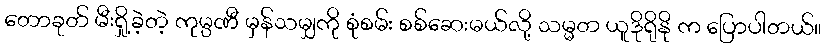
တောခုတ် မီးရှို့ခဲ့တဲ့ ကုမ္ပဏီ မှန်သမျှကို စုံစမ်း စစ်ဆေးမယ်လို့ သမ္မတ ယူဒိုရိုနို က ပြောပါတယ်။